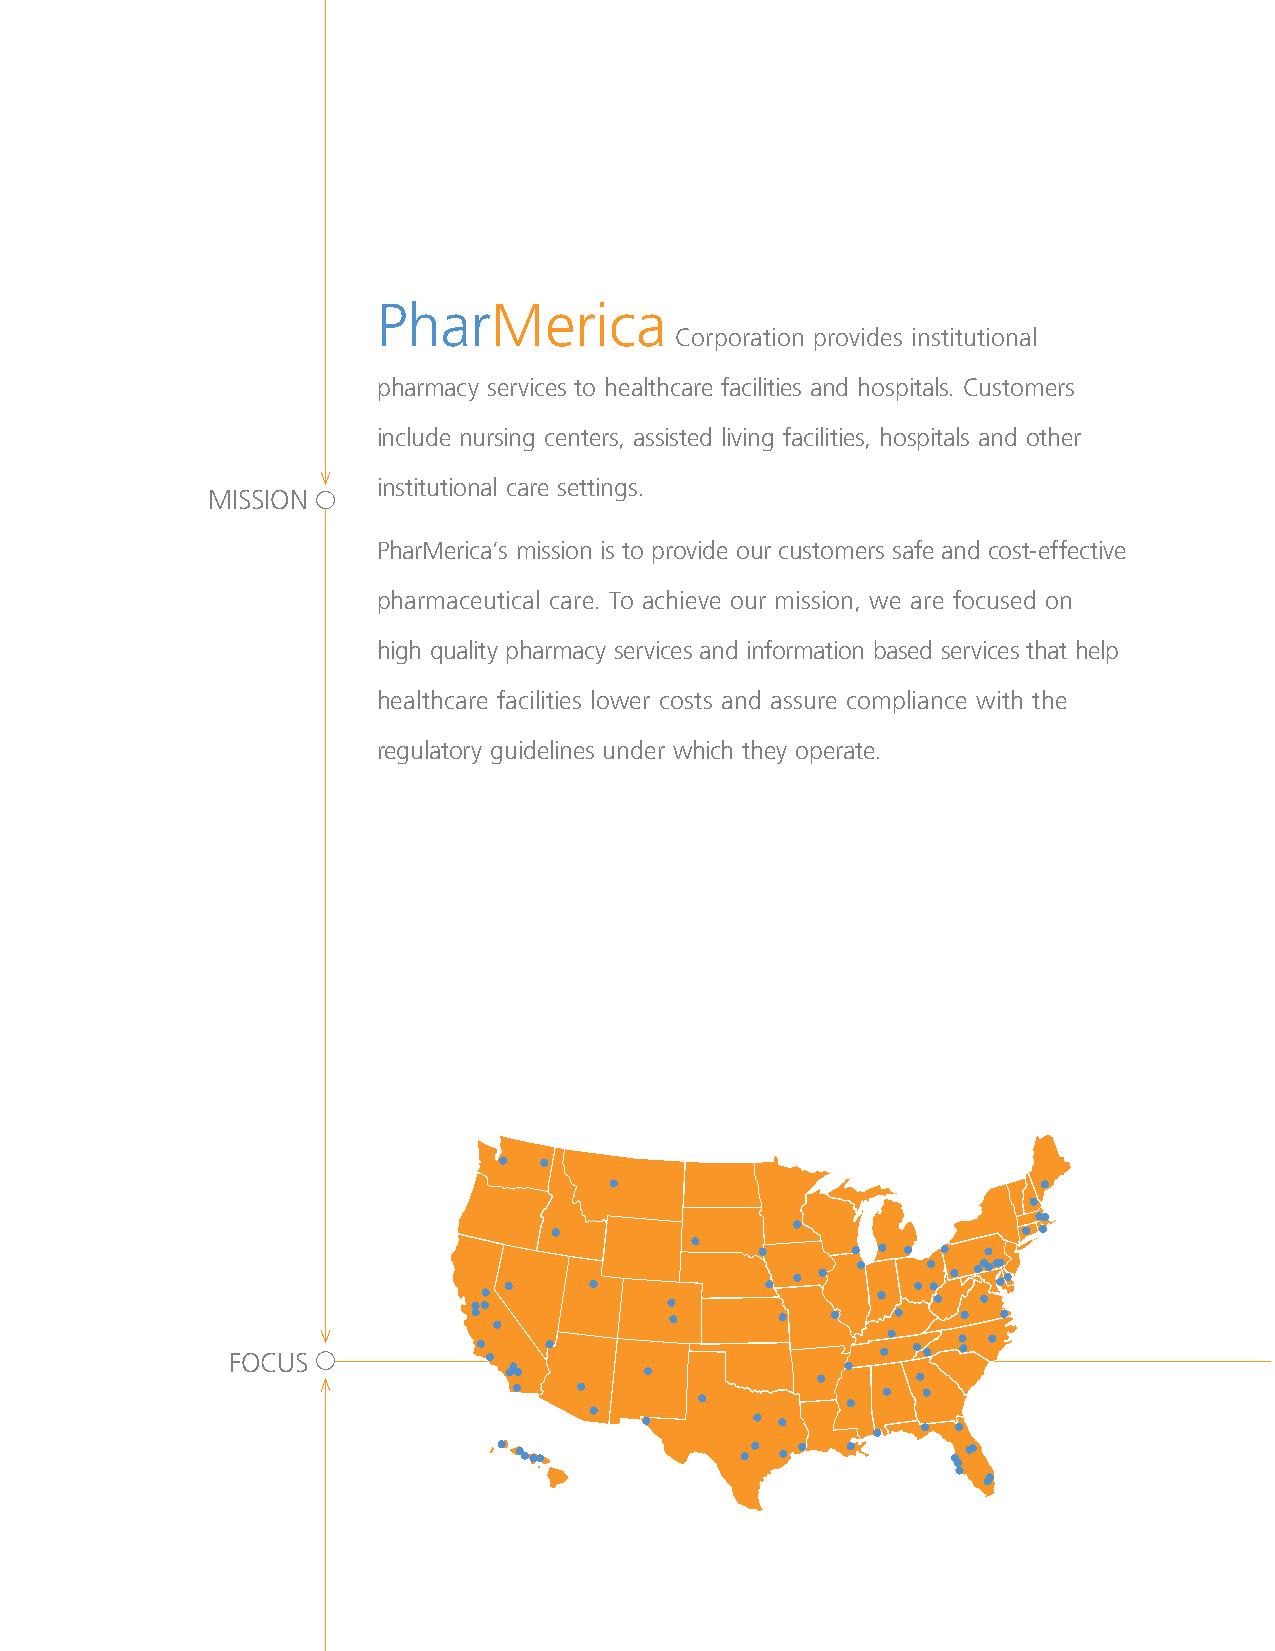
PharMerica
 Corporation provides institutional
 pharmacy services to healthcare facilities and hospitals. Customers
 include nursing centers, assisted living facilities, hospitals and other
 institutional care settings.
 MISSION
 PharMerica’s mission is to provide our customers safe and cost-effective
 pharmaceutical care. To achieve our mission, we are focused on
 high quality pharmacy services and information based services that help
 healthcare facilities lower costs and assure compliance with the
 regulatory guidelines under which they operate.
 fOCuS